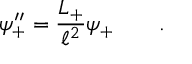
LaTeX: \psi _ { + } ^ { \prime \prime } = \frac { L _ { + } } { \ell ^ { 2 } } \psi _ { + } \qquad .